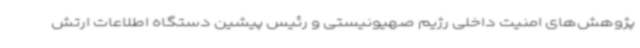
پژوهش‌های امنیت داخلی رژیم صهیونیستی و رئیس پیشین دستگاه اطلاعات ارتش